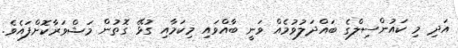
އަދި މި ކައުންސިލްގެ ބައްދަލުވުމެއް ވަނީ ބާއްވައި މިކަމާއި ގުޅޭ ގޮތުން މަޝްވަރާކޮށްފައެވެ.